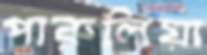
পারুলিয়া